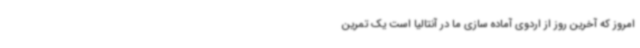
امروز که آخرین روز از اردوی آماده سازی ما در آنتالیا است یک تمرین